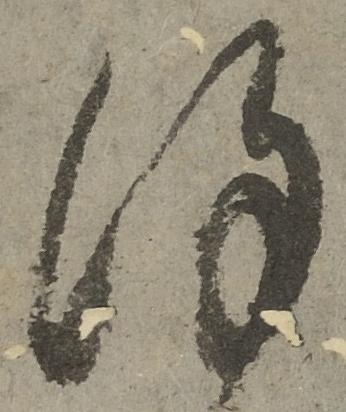
謹